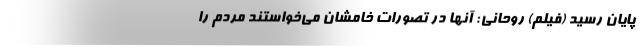
پایان رسید (فیلم) روحانی: آنها در تصورات خامشان می‌خواستند مردم را